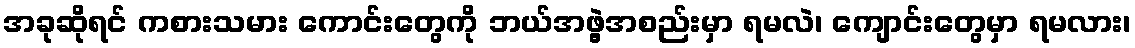
အခုဆိုရင် ကစားသမား ကောင်းတွေကို ဘယ်အဖွဲ့အစည်းမှာ ရမလဲ၊ ကျောင်းတွေမှာ ရမလား၊